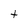
Character: t